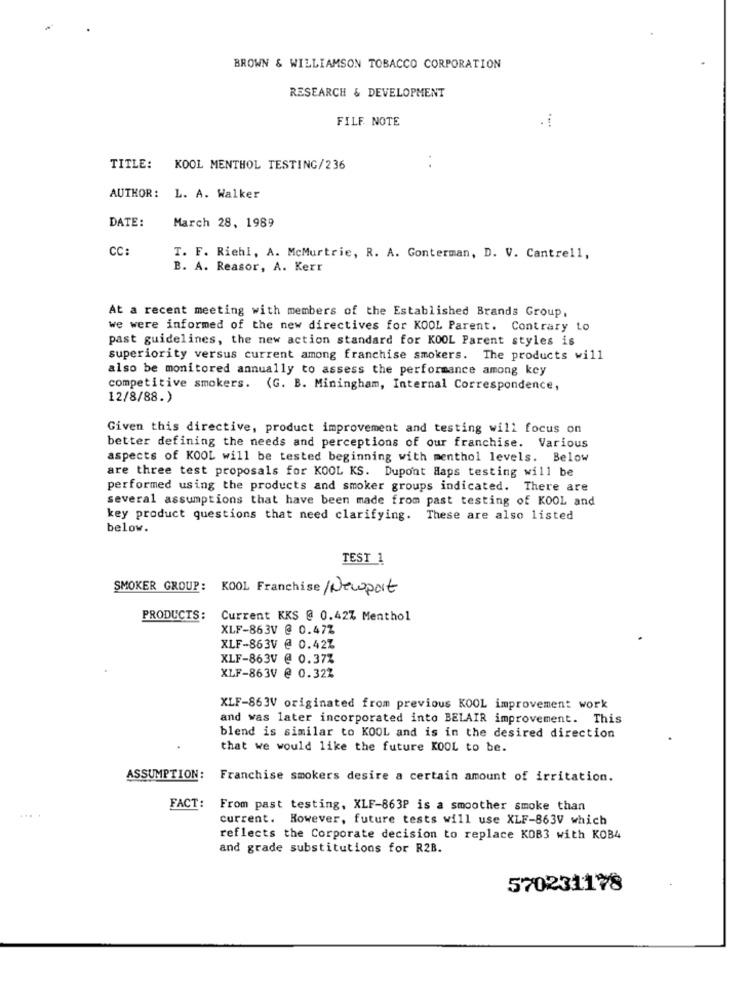
BROWN & WILLIAMSON TOBACCO CORPORATION
RESEARCH & DEVELOPMENT
FILF. NOTE
TITLE:
KOOL MENTHOL TESTING/236
AUTHOR: L. A. Walker
DATE:
March 28, 1989
CC:
T. F. Riehl, A. McMurtrie, R. A. Conterman, D. V. Cantrell,
B. A. Reasor, A. Kerr
At a recent meeting with members of the Established Brands Group,
we were informed of the new directives for KOOL Parent. Contrary to
past guidelines, the new action standard for KOOL Parent styles is
superiority versus current among franchise smokers. The products will
also be monitored annually to assess the performance among key
competitive smokers. (G. B. Miningham, Internal Correspondence,
12/8/88.)
Given this directive, product improvement and testing will focus on
better defining the needs and perceptions of our franchise. Various
aspects of KOOL will be tested beginning with menthol levels. Below
are three test proposals for KOOL KS. Dupont Haps testing will be
performed using the products and smoker groups indicated. There are
several assumptions that have been made from past testing of KOOL and
key product questions that need clarifying. These are also listed
below.
TEST 1
SMOKER GROUP: KOOL Franchise /Newport
PRODUCTS:
Current KKS @ 0.42% Menthol
XLF-863V @ 0.47Z
XLF-863V @ 0.42Z
XLF-863V @ 0.37%
XLF-863V @ 0.322
XLF-863V originated from previous KOOL improvement work
and was later incorporated into BELAIR improvement. This
blend is similar to KOOL and is in the desired direction
that we would like the future KOOL to be.
ASSUMPTION:
Franchise smokers desire a certain amount of irritation.
FACT:
From past testing, XLF-863P is a smoother smoke than
....
current. However, future tests will use XLF-863V which
reflects the Corporate decision to replace KOB3 with KOB4
and grade substitutions for R2B.
570231178